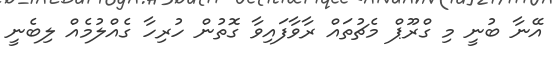
އޭނާ ބުނީ މި ގްރޫޕް މެޗުތައް ރާވާފައިވާ ގޮތުން ހުރިހާ ގެއްލުމެއް ލިބެނީ